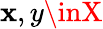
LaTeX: \mathbf{x},y\inX